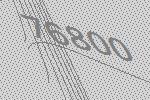
76800